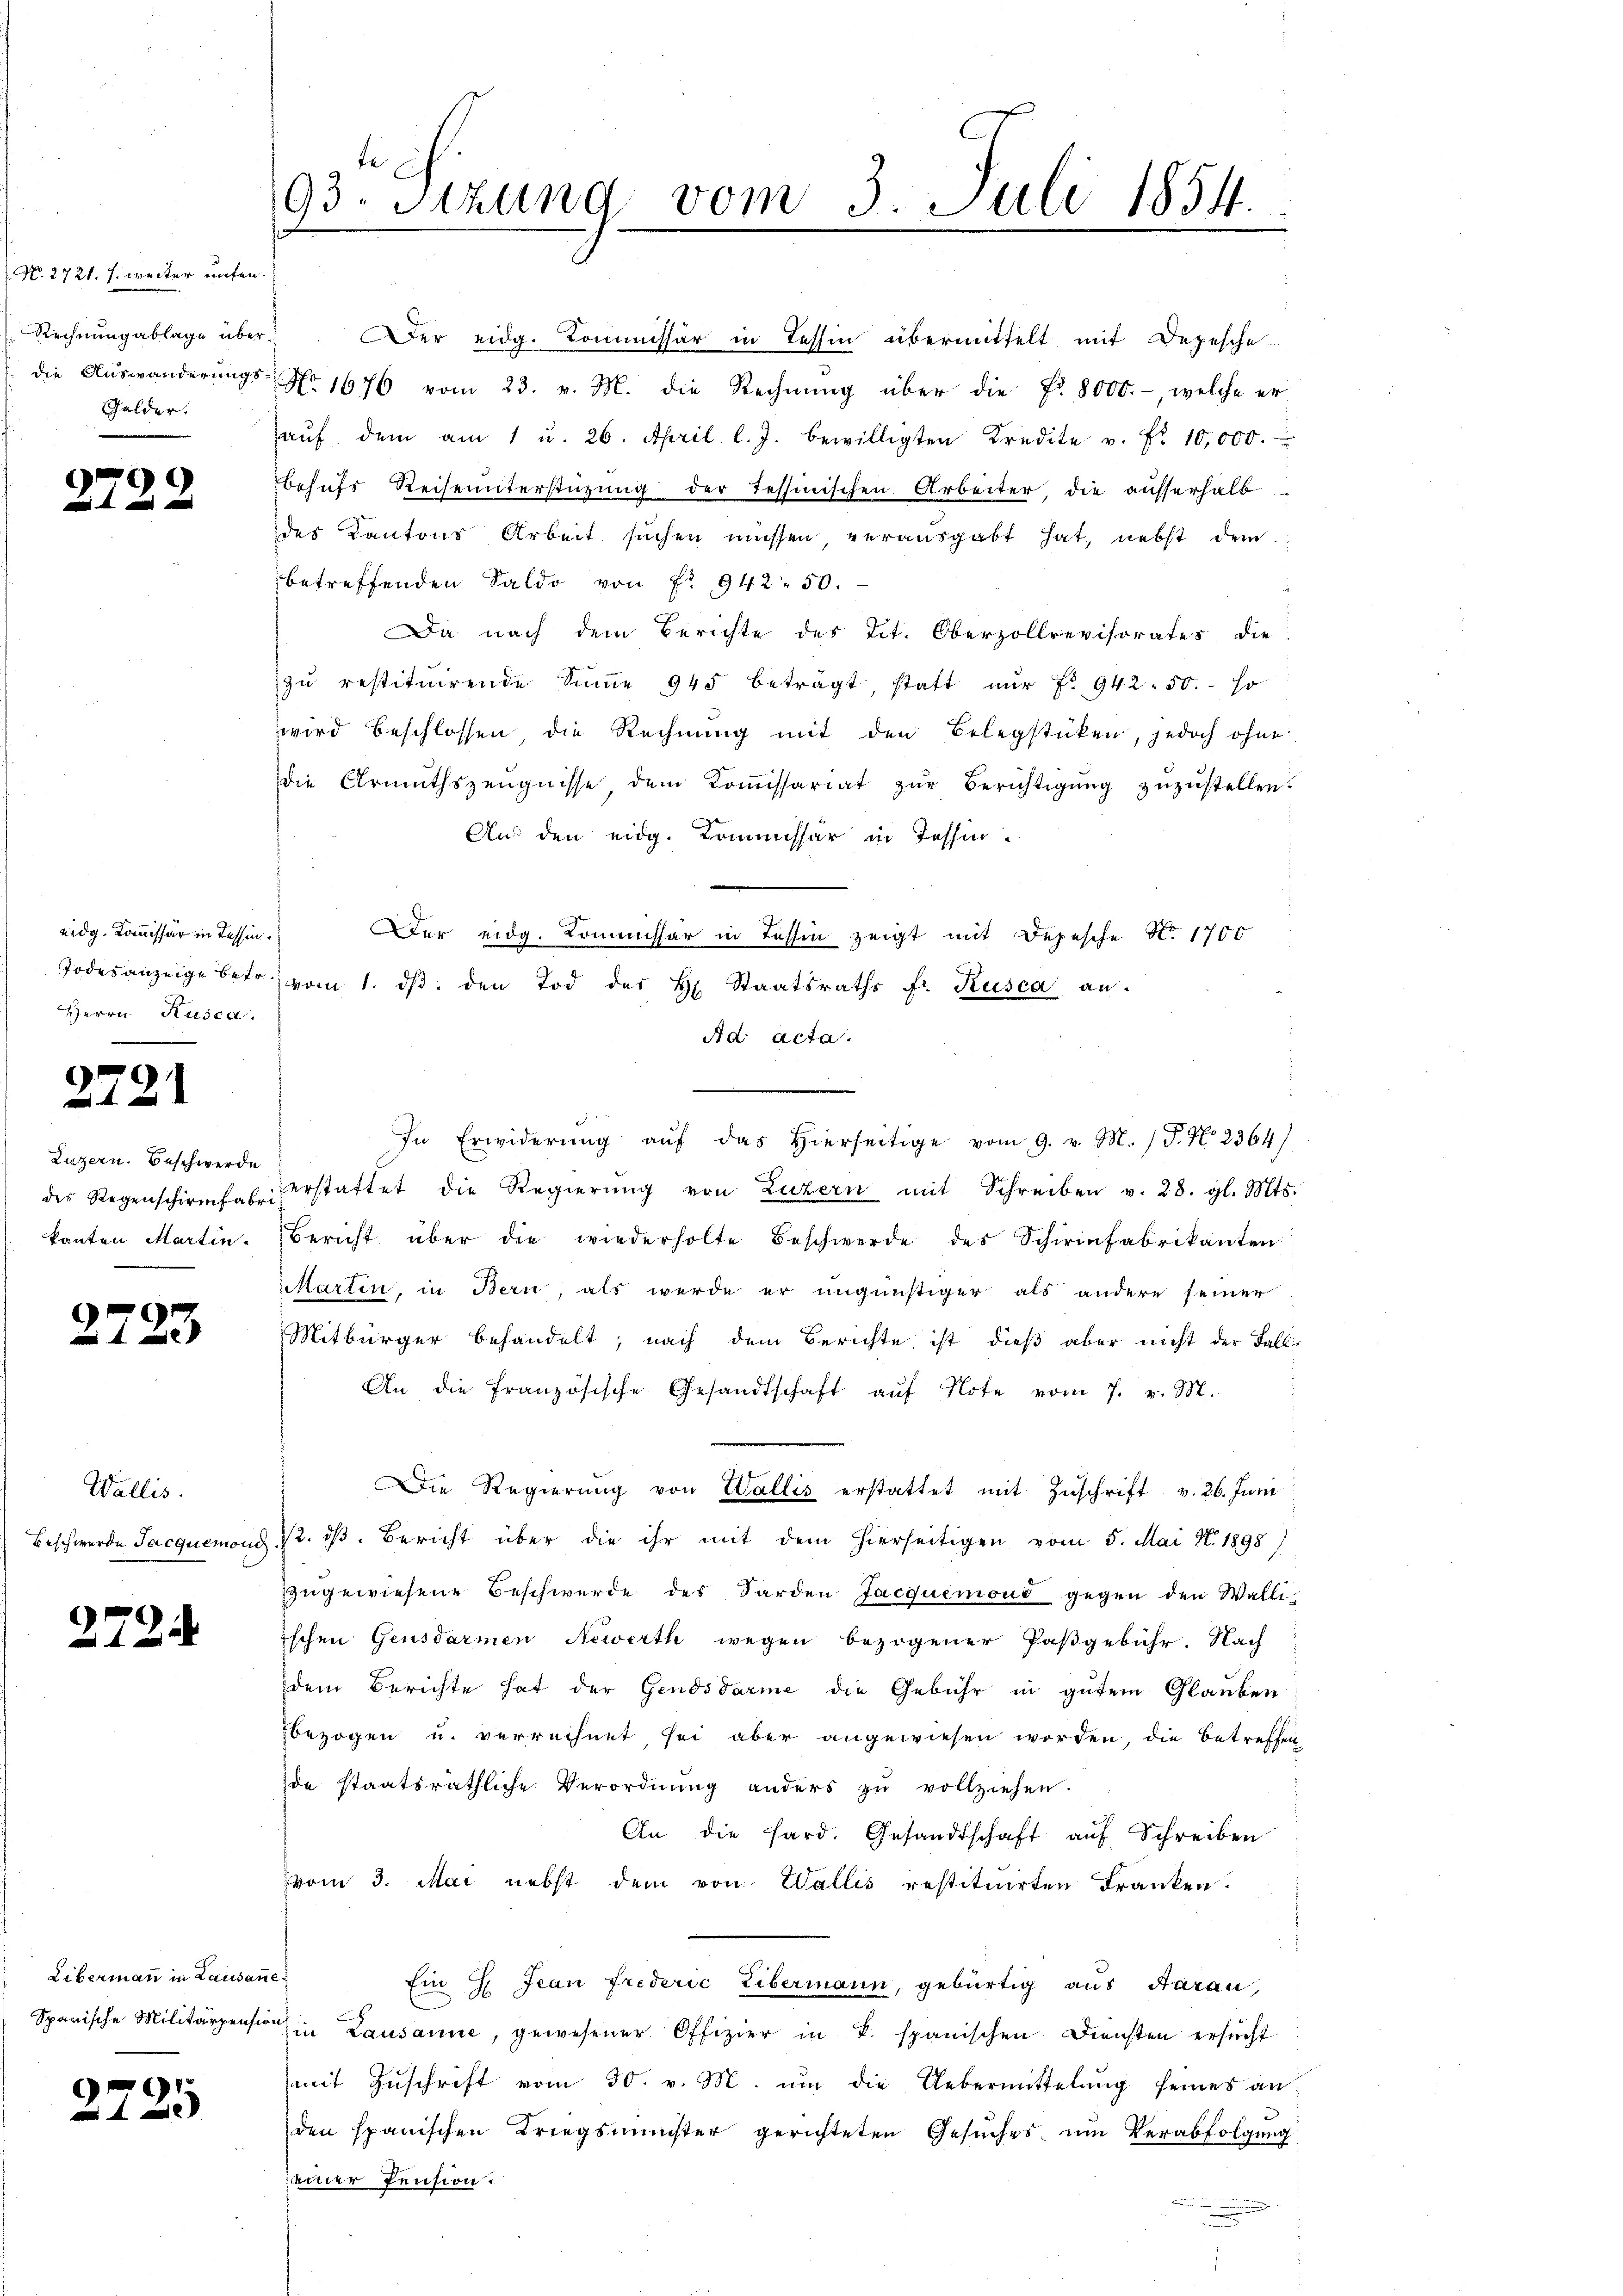
No. 2721. s. weiter unten.
Gelder.

3.

eidg. Kommissär in Tessin.
Herrn Rusca.

22.

Luzern. Beschwerde

2723

2

1

Wallis.

2724

Libermann in Lausanne.

2725

93. Sitzung vom 3. Juli 1854.
e
c

Rechnŭng ablage über. Der eidg. Kommissär in Tessin übermittelt mit Depesche
die Auswanderungs- No 1676 vom 23. v. M. die Rechnung über die Fr. 8000.-, welche er
aŭf, dem am 1 u. 26. April l. J. bewilligten Kredite v. Fr. 10,000.
Behufs Reiseunterstüzung der Tessinischen Arbeiter, die ausserhalb
des Kantons Arbeit suchen müssen, verausgabt hat, nebst dem
betreffenden Saldo von Nr 942. 50.
Da nach dem Berichte des Tit. Oberzollrevisorates die
zŭ restituirende Sŭṁe 945 beträgt, statt nŭr Fr. 942. 50. so
wird beschlossen die Rechnung mit den Belegstücken, jedoch ohne
die Armuthszeŭgnisse dem Koṁissariat zŭr Berichtigŭng zŭzŭstellen.
Aus den eidg. Kommissär in Tessin
Der eidg. Kommissär in Tessin zeigt mit Depesche No. 1700
Todesanzeige betr. vom 1. dβ den Tod der H. Staatsraths fr. Rusca an.
Ad acta.
In Erwiderŭng aŭf das hierseitige vom 9. v. M. J. No. 2364)
der Regenschirmfasserstattet die Regierŭng von Luzern mit Schreiben v. 28. gl. Mts.
kanten Martin-Bericht über die wiederholte Beschwerde des Schirinfabrikanten
Martin, in Bern, als werde er ungünstiger als andere seiner
Mitbürger behandelt; nach dem Berichte, ist dieß aber nicht der Fall-
An die französische Gesandtschaft aŭf Note vom 7. v. M.
Die Regierŭng von Wallis erstattet mit Zuschrift v. 26. Juni
Beschwerde Jacquemons ist. d. Bericht über die ihr mit dem hierseitigen vom 5. Mai N. 1898/
zugewiesene Beschwerde des Sarden Jacquemons gegen den Wallischen Gensdarmen Newerth wegen bezogener Paßgebühr. Nach
dem Berichte hat der Gendsdarme die Gebühr in gutem Glauben
bezogen u. verrechnet, sei aber angewiesen worden, die betreffen
de staatsräthliche Verordnung anders zu vollziehen.
An die Sard. Gesandtschaft auf Schreiben
vvom 3. Mai nebst dem von Wallis restituirten Franken.
Ein H. Jean Frederić Libermann, gebürtig aus Aarau,
Spanische Militärpensohin Lausanne, gewesener Offizier in u. spanischen Diensten ersŭcht
(mit Zuschrift vom 30. v. M. um die Uebermittelung seines an
den spanischen Kriegsminister gerichteten Gesŭches um Verabfolgung
seiner Pension.